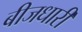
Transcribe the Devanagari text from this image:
बीजधारी